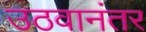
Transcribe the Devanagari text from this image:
उठवानंतर